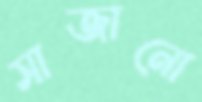
সাজানো